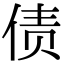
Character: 债